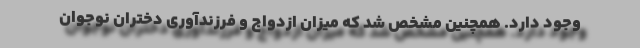
وجود دارد. همچنین مشخص شد که میزان ازدواج و فرزندآوری دختران نوجوان